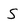
Character: S